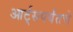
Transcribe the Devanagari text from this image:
आर्ट्‌सपर्यंतचे